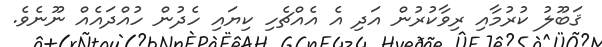
ޤަބޫލު ކުރުމާއި ރިވާކުރުން އަދި އެ އެއްޗެހި ކިޔައި ހެދުން ހުއްދައެއް ނޫނެވެ.